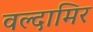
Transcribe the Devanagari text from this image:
वल्दामिर